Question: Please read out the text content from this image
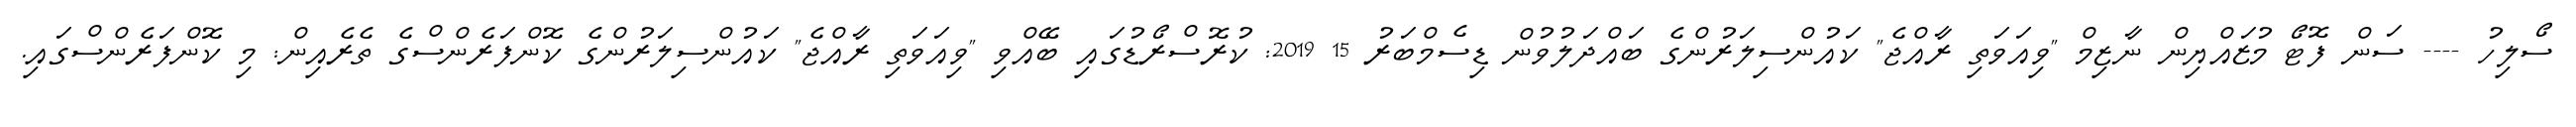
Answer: ސޯލިހު ---- ސަން ފޮޓޯ މުޒައްޔިން ނާޒިމް "ވިއަވަތި ރާއްޖެ" ކައުންސިލަރުންގެ ބައްދަލުވުން ޑިސެމްބަރު 15 2019: ކުރޮސްރޯޑުގައި ބޭއްވި "ވިއަވަތި ރާއްޖެ" ކައުންސިލަރުންގެ ކޮންފަރެންސްގެ ތެރެއިން: މި ކޮންފަރެންސްގައި.